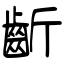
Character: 齗